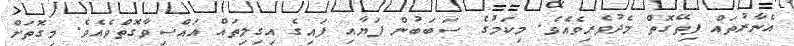
އެނާރުތައް ފިތޭގޮތް މެދުވެރިވެއެވެ. މިކަމުގެ ސަބަބުން ފަޔާއި ފައިގެ އިގިލިތައް އައްސިވާގޮތްވެއެވެ. މިގޮތަށް